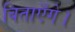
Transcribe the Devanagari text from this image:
बिताएँगे।